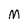
Character: M